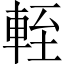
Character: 輊